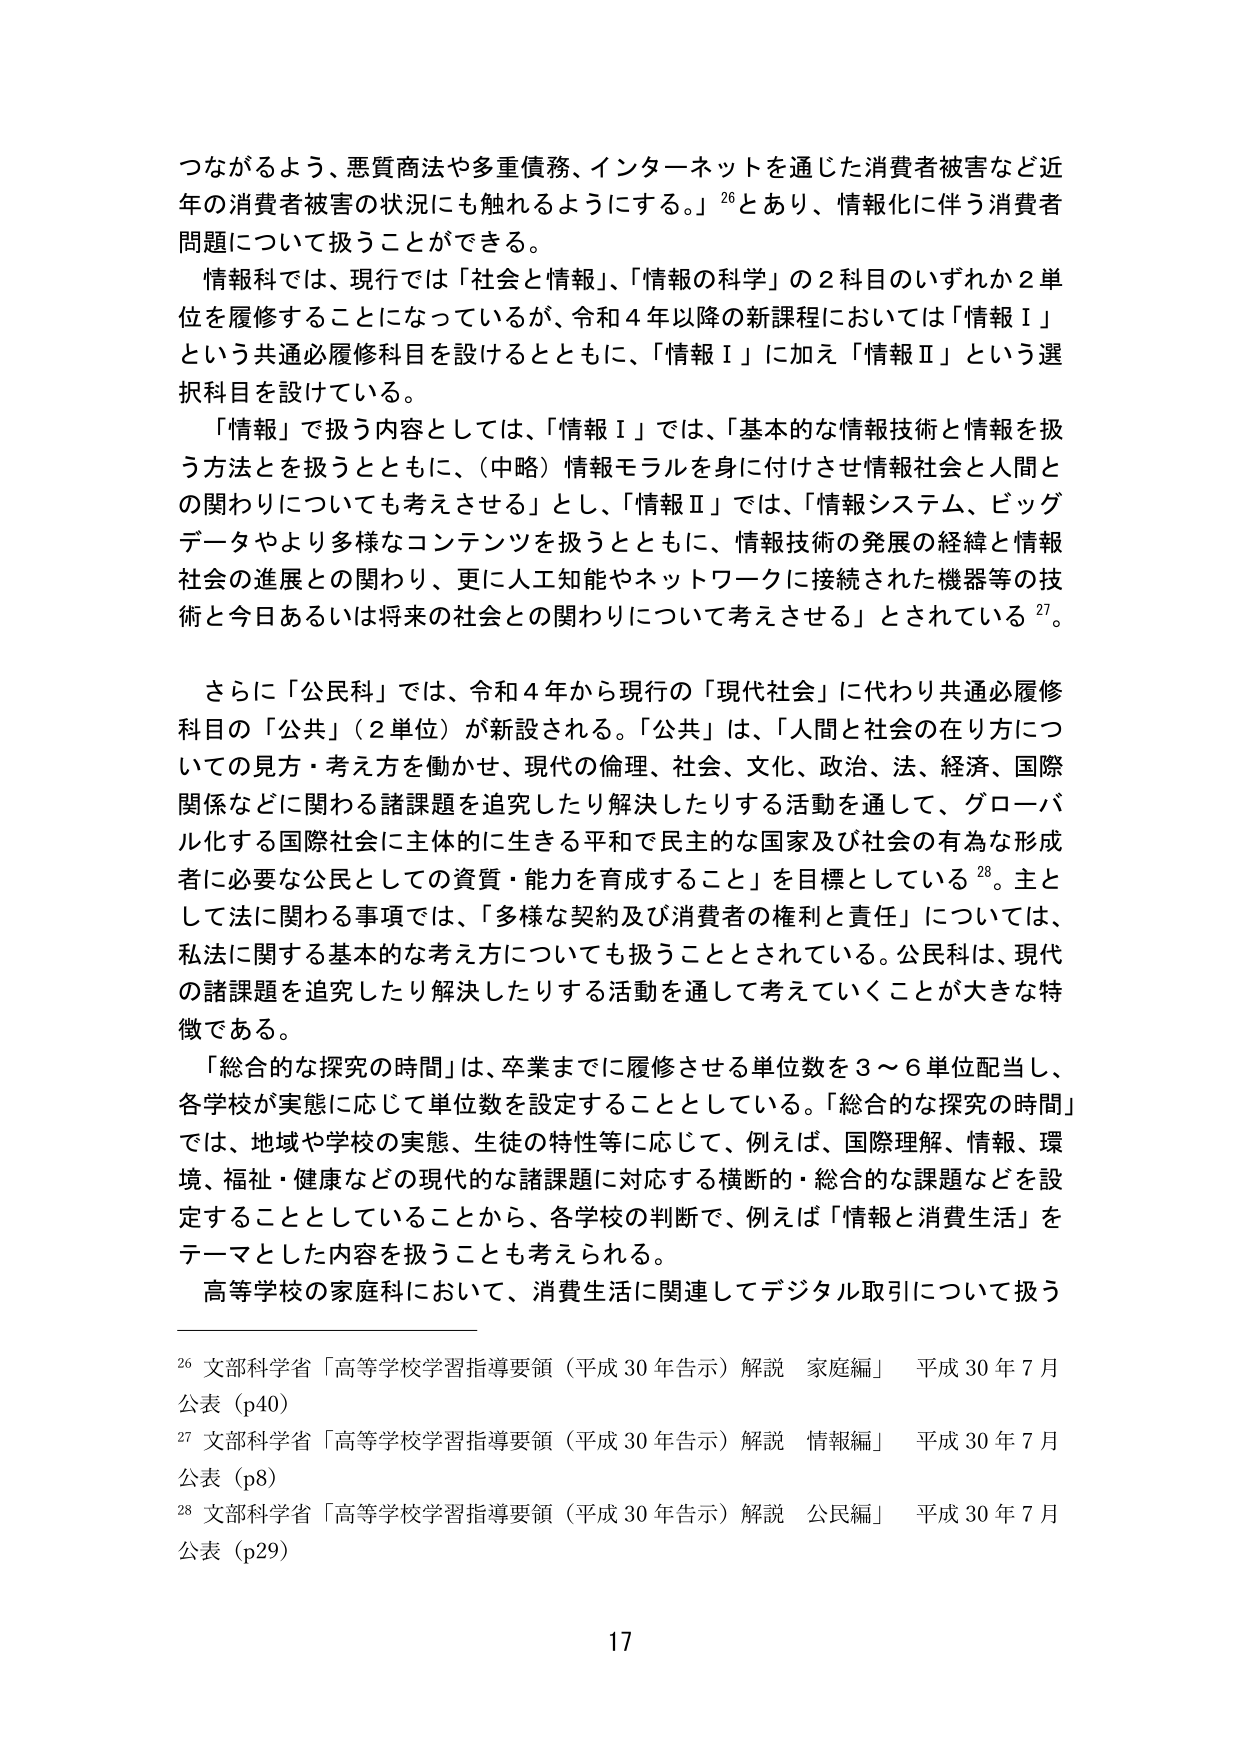
つながるよう、悪質商法や多重債務、インターネットを通じた消費者被害など近年の消費者被害の状況にも触れるようにする。」26 とあり、情報化に伴う消費者問題について扱うことができる。

情報科では、現行では「社会と情報」、「情報の科学」の2科目のいずれか2単位を履修することになっているが、令和4年以降の新課程においては「情報Ⅰ」という共通必履修科目を設けるとともに、「情報Ⅰ」に加え「情報Ⅱ」という選択科目を設けている。

「情報」で扱う内容としては、「情報Ⅰ」では、「基本的な情報技術と情報を扱う方法を扱うとともに、（中略）情報モラルを身に付けさせ情報社会と人間との関わりについても考えさせる」とし、「情報Ⅱ」では、「情報システム、ビッグデータやより多様なコンテンツを扱うとともに、情報技術の発展の経緯と情報社会の進展との関わり、更に人工知能やネットワークに接続された機器等の技術と今日あるいは将来の社会との関わりについて考えさせる」とされている27。

さらに「公民科」では、令和4年から現行の「現代社会」に代わり共通必履修科目の「公共」（2単位）が新設される。「公共」は、「人間と社会の在り方についての見方・考え方を働かせ、現代の倫理、社会、文化、政治、法、経済、国際関係などに関わる諸課題を追究したり解決したりする活動を通して、グローバル化する国際社会に主体的に生きる平和で民主的な国家及び社会の有為な形成者に必要な公民としての資質・能力を育成すること」を目標としている28。主として法に関わる事項では、「多様な契約及び消費者の権利と責任」については、私法に関する基本的な考え方についても扱うこととされている。公民科は、現代の諸課題を追究したり解決したりする活動を通して考えていくことが大きな特徴である。

「総合的な探究の時間」は、卒業までに履修させる単位数を3～6単位配当し、各学校が実態に応じて単位数を設定することとしている。「総合的な探究の時間」では、地域や学校の実態、生徒の特性等に応じて、例えば、国際理解、情報、環境、福祉・健康などの現代的な諸課題に対応する横断的・総合的な課題などを設定することとしていることから、各学校の判断で、例えば「情報と消費生活」をテーマとした内容を扱うことも考えられる。

高等学校の家庭科において、消費生活に関連してデジタル取引について扱う

26 文部科学省「高等学校学習指導要領（平成30年告示）解説 家庭編」 平成30年7月公表（p40）

27 文部科学省「高等学校学習指導要領（平成30年告示）解説 情報編」 平成30年7月公表（p8）

28 文部科学省「高等学校学習指導要領（平成30年告示）解説 公民編」 平成30年7月公表（p29）

17